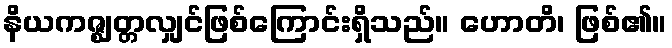
နိယကဇ္ဈတ္တလျှင်ဖြစ်ကြောင်းရှိသည်။ ဟောတိ၊ ဖြစ်၏။